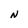
Character: N